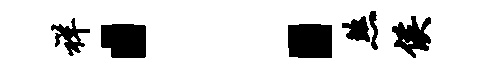
祥：煞侯